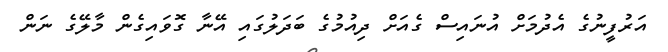
އަރުފީނުގެ އެދުމަށް އުނައިސް ގެއަށް ދިއުމުގެ ބަދަލުގައި އޭނާ ގޮވައިގެން މާލޭގެ ނަން